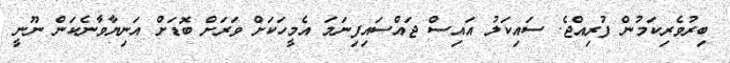
ބިރުވެރިކަމުން ފުރިއްޖެ. ސައިކަލު އައިސް ޖައްސައިފިނަމަ އެމީހަކަށް ވަރަށް ބޮޑަށް އަނިޔާވާނެކަން ނޫނީ